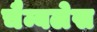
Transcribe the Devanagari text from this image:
चैम्बलेस